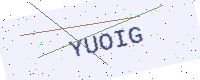
Text: YUOIG